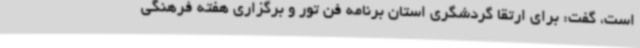
است، گفت: برای ارتقا گردشگری استان برنامه فن تور و برگزاری هفته فرهنگی